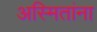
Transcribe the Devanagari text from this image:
अस्मितांना